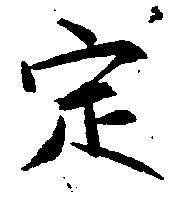
定